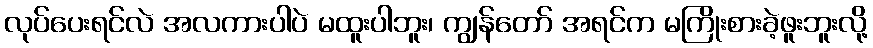
လုပ်ပေးရင်လဲ အလကားပါပဲ မထူးပါဘူး၊ ကျွန်တော် အရင်က မကြိုးစားခဲ့ဖူးဘူးလို့